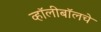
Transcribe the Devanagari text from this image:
व्हॉलीबॉलचे